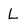
Character: L